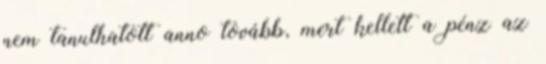
nem tanulhatott anno tovább, mert kellett a pénz az